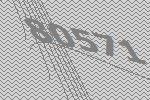
80571